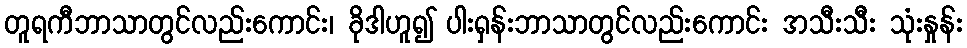
တူရကီဘာသာတွင်လည်းကောင်း၊ ခိုဒါဟူ၍ ပါးရှန်းဘာသာတွင်လည်းကောင်း အသီးသီး သုံးနှုန်း